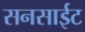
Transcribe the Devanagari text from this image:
सनसाईट